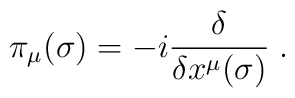
\pi_\mu(\sigma) = -i \frac{\delta}{\delta x^\mu(\sigma)}\;.